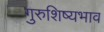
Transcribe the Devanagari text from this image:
गुरुशिष्यभाव